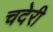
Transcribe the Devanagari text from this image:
चदेरी